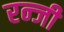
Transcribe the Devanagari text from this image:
रन्जी